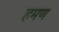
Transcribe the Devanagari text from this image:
हमण